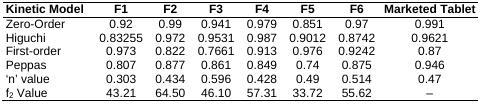
<table><thead><tr><td><b>Kinetic Model</b></td><td><b>F1</b></td><td><b>F2</b></td><td><b>F3</b></td><td><b>F4</b></td><td><b>F5</b></td><td><b>F6</b></td><td><b>Marketed Tablet</b></td></tr></thead><tbody><tr><td>Zero-Order</td><td>0.92</td><td>0.99</td><td>0.941</td><td>0.979</td><td>0.851</td><td>0.97</td><td>0.991</td></tr><tr><td>Higuchi</td><td>0.83255</td><td>0.972</td><td>0.9531</td><td>0.987</td><td>0.9012</td><td>0.8742</td><td>0.9621</td></tr><tr><td>First-order</td><td>0.973</td><td>0.822</td><td>0.7661</td><td>0.913</td><td>0.976</td><td>0.9242</td><td>0.87</td></tr><tr><td>Peppas</td><td>0.807</td><td>0.877</td><td>0.861</td><td>0.849</td><td>0.74</td><td>0.875</td><td>0.946</td></tr><tr><td>‘n’ value</td><td>0.303</td><td>0.434</td><td>0.596</td><td>0.428</td><td>0.49</td><td>0.514</td><td>0.47</td></tr><tr><td>f<sub>2</sub> Value</td><td>43.21</td><td>64.50</td><td>46.10</td><td>57.31</td><td>33.72</td><td>55.62</td><td>–</td></tr></tbody></table>